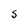
Character: S